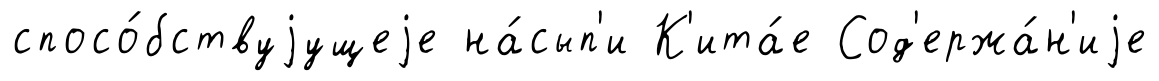
спосо́бствуjущеjе на́сып'и К'ита́е Сод'ержа́н'иjе